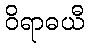
ဝိရာဓယီ